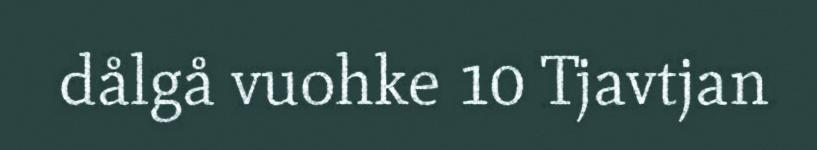
dålgå vuohke 10 Tjavtjan